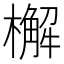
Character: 檞